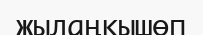
жылаңқышөп